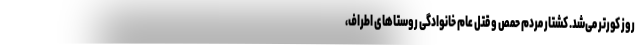
روز کورتر می‌شد. کشتار مردم حمص و قتل عام خانوادگی روستاهای اطراف،